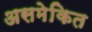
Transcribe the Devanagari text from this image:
असमेकित